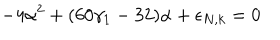
- 4 \alpha ^ { 2 } + ( 6 0 \gamma _ { 1 } - 3 2 ) \alpha + \epsilon _ { N , k } = 0